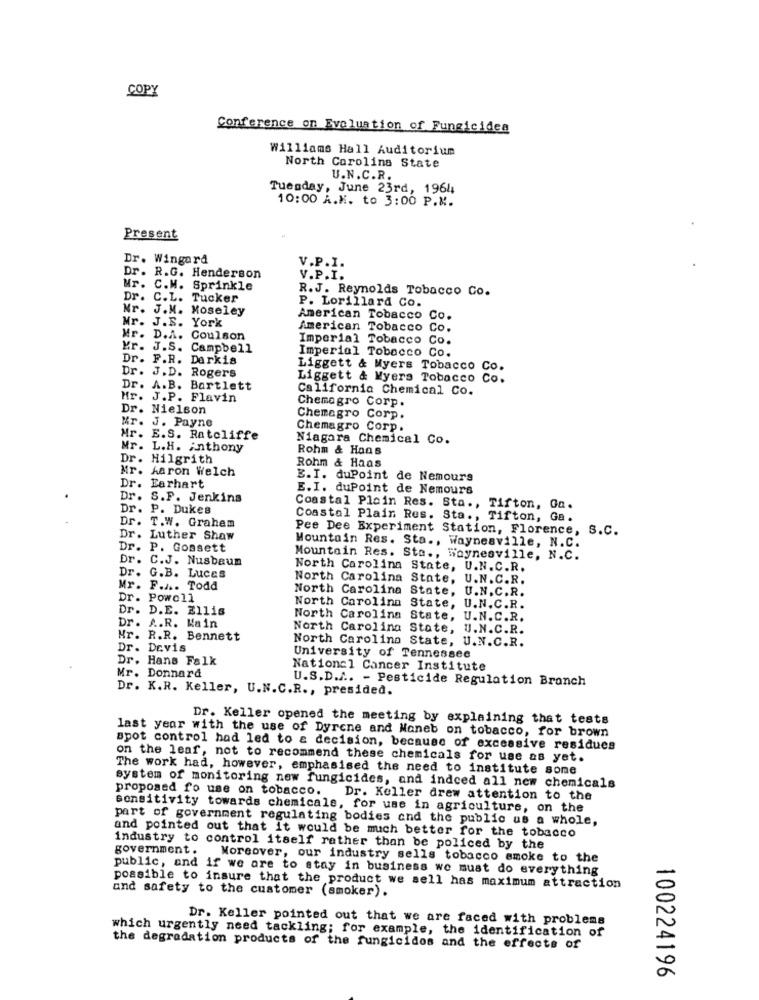
COPY
Conference on Evaluation of Fungicides
Williams Hall Auditorium
North Carolina State
U.N.C.R.
Tuesday, June 23rd, 1964
10:00 A.M. to 3:00 P.M.
Present
Dr. Wingard
V.P.I.
Dr. R.G. Henderson
V.P.I.
Mr. C.M. Sprinkle
R.J. Reynolds Tobacco Co.
Dr. C.L. Tucker
P. Lorillard Co.
Nr. J.M. Moseley
Mr. J.B. York
American Tobacco Co.
American Tobacco Co.
Mr. D.A. Coulson
Imperial Tobacco Co.
Kr. J.S. Campbell
Imperial Tobacco Co.
Dr. F.R. Darkis
Dr. J.D. Rogers
Liggett & Myers Tobacco Co.
Liggett & Myers Tobacco
co.
Dr. A.B. Bartlett
California Chemical Co.
Mr. J.P. Flavin
Chemagro Corp.
Dr. Nielson
Mr. J. Payne
Chemagro Corp.
Chemagro Corp.
Hr. E.S. Ratcliffe
Niagara Chemical Co.
Mr. L.H. Anthony
Rohm & Hans
. Hilgrith
Mr. Aaron Welch
Rohm & Haas
E.I. duPoint de Nemours
Dr. Earhart
E.I. duPoint de Nemours
Dr.
S.P. Jenkins
Dr. P. Dukes
Coastal Plain Res. Sta .,
Tifton, Ga.
Dr. T.W. Graham
Coastal Plain Res. Sta ., Tifton, Ga.
Pee Dee Experiment Station, Florence, S.C.
Dr. Luther Shaw
Dr. P. Gossett
Mountain Res. Sta ., Waynesville, N.C.
Dr.
C.J. Nusbaum
Mountain Res. Sta ., Waynesville, N.C.
North Carolina State, U.N.C.R.
Dr. G.B. Luces
North Carolina State, U.N.C.R.
Mr. F.A .. Todd
North Carolina State, U.N.C.R.
Dr. Powell
Dr. D.E. Ellis
North Carolina State, U.N.C.R.
Dr. A.R. Kain
North Carolina State, U.N.C.R.
North Carolina State, U.N.C.R.
Mr. R.R. Bennett
North Carolina State, U.N.C.R.
Dr. Devis
Dr. Hans Falk
University of Tennessee
Mr. Donnard
National Cancer Institute
U.S.D.A .. - Pesticide Regulation Branch
Dr. K.R. Keller, U.N.C.R ., presided.
Dr. Keller opened the meeting by explaining that tests
last year with the use of Dyrene and Noneb on tobacco, for brown
spot control had led to a decision, because of excessive residues
on the leaf, not to recommend these chemicals for use as yet.
The work had, however, emphasised the need to institute some
system of monitoring new fungicides, and indeed all new chemicals
proposed fo use on tobacco. Dr. Keller drew attention to the
sensitivity towards chemicals, for use in agriculture, on the
part of government regulating bodies and the public us a whole,
and pointed out that it would be much better for the tobacco
industry to control itself rather than be policed by the
government. Moreover, our industry sells tobacco smoke to the
public, and if we are to stay in business we must do everything
and safety to the customer (smoker).
possible to insure that the product we sell has maximum attraction
Dr. Keller pointed out that we are faced with problems
which urgently need tackling; for example, the identification of
the degradation products of the fungicidos and the effects of
100224196